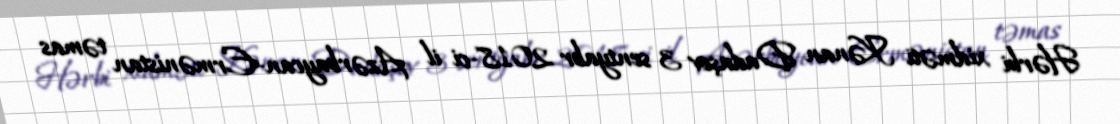
Hərbi xidməti Kənan Dadaşov 3 sentyabr 2018-ci il Azərbaycan-Ermənistan təmas